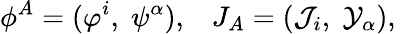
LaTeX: \phi^{A}=(\varphi^{i},\; \psi^{\alpha}),\; \; \; J_{A}=({\cal J}_{i},\; {\cal Y}_{\alpha}),\,